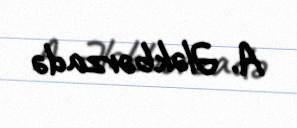
A. Ələkbərzadə